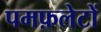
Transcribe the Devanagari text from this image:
पमफ़लेटों